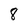
Character: 8